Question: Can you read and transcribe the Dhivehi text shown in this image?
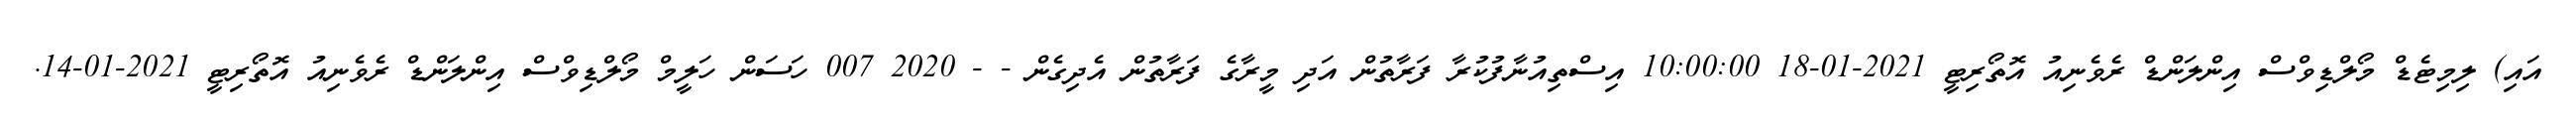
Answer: އައި) ލިމިޓެޑް މޯލްޑިވްސް އިންލަންޑް ރެވެނިއު އޮތޯރިޓީ 2021-01-18 10:00:00 އިސްތިއުނާފުކުރާ ފަރާތުން އަދި މީރާގެ ފަރާތުން އެދިގެން - - 2020 007 ހަސަން ހަލީމް މޯލްޑިވްސް އިންލަންޑް ރެވެނިއު އޮތޯރިޓީ 2021-01-14.